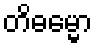
တိဓမ္မော